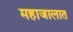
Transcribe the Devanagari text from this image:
महाजालात